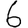
Digit: 6